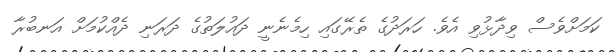
ކަމަށްވެސް ވިދާޅުވި އެވެ. ހަރަދުގެ ތެރޭގައި ހިމެނެނީ ދައުލަތުގެ ދަރަނި ދެއްކުމަށް އަނބުރާ